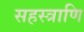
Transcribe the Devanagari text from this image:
सहस्त्राणि